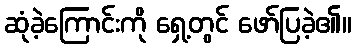
ဆုံခဲ့ကြောင်းကို ရှေ့တွင် ဖော်ပြခဲ့၏။